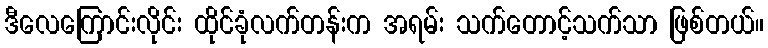
ဒီလေကြောင်းလိုင်း ထိုင်ခုံလက်တန်းက အရမ်း သက်တောင့်သက်သာ ဖြစ်တယ်။